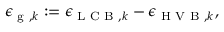
\begin{array} { r } { \epsilon _ { \textrm { g } , k } : = \epsilon _ { \scriptsize \textrm { L C B } , k } - \epsilon _ { \scriptsize \textrm { H V B } , k } , } \end{array}